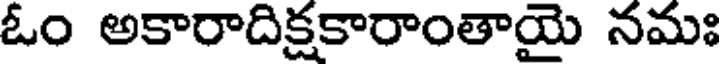
ఓం అకారాదిక్షకారాంతాయై నమః